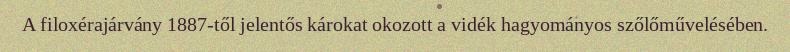
A filoxérajárvány 1887-től jelentős károkat okozott a vidék hagyományos szőlőművelésében.